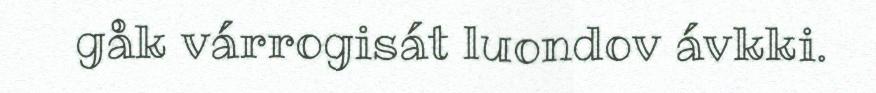
gåk várrogisát luondov ávkki.